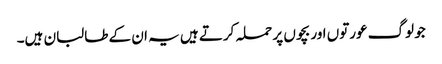
جو لوگ عورتوں اور بچوں پر حملہ کرتے ہیں یہ ان کے طالبان ہیں۔